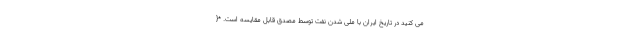
می کنید در تاریخ ایران با ملی شدن نفت توسط مصدق قابل مقایسه است. *{